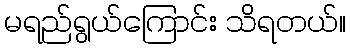
မရည်ရွယ်ကြောင်း သိရတယ်။